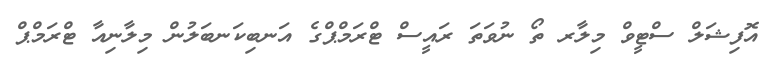
އޮފިޝަލް ސްޓީވް މިލާރ ތޯ ނުވަތަ ރައީސް ޓްރަމްޕްގެ އަނބިކަނބަލުން މިލާނިއާ ޓްރަމްޕް